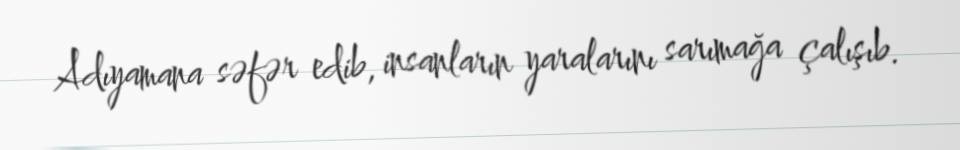
Adıyamana səfər edib, insanların yaralarını sarımağa çalışıb.